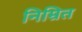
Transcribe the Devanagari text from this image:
निम्रित